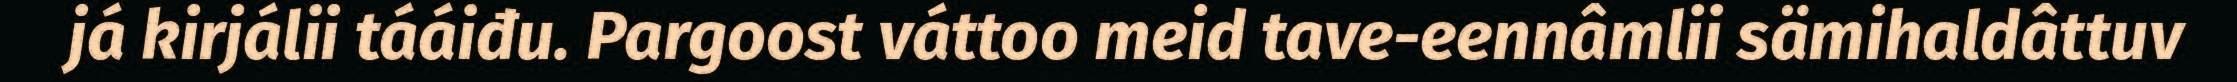
já kirjálii tááiđu. Pargoost váttoo meid tave-eennâmlii sämihaldâttuv